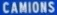
camions